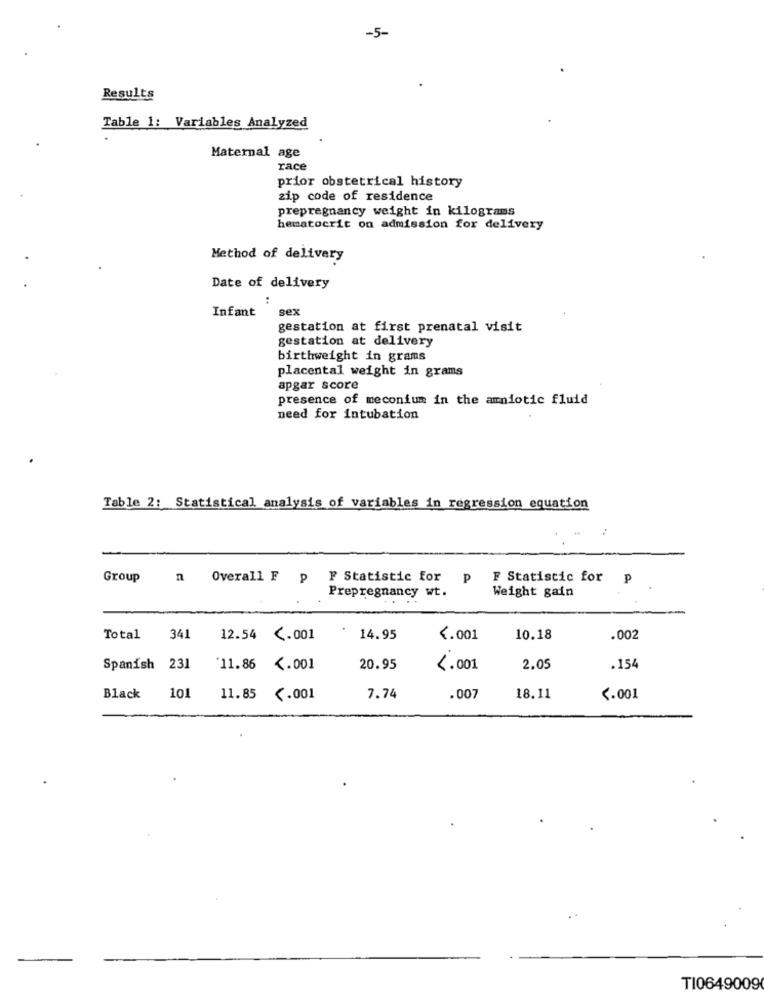
-5-
Results
Table 1: Variables Analyzed
Maternal age
race
prior obstetrical history
zip code of residence
prepregnancy weight in kilograms
hematocrit on admission for delivery
Method of delivery
Date of delivery
sex
Infant
gestation at first prenatal visit
gestation at delivery
birthweight in grams
placental weight in grams
apgar score
presence of meconium in the amniotic fluid
need for intubation
Table 2: Statistical analysis of variables in regression equation
Group
n Overall F p
F Statistic for
P
F Statistic for
Weight gain
Prepregnancy wt.
Total
341
12.54 <. 001
14.95
4.001
10.18
.002
Spanish 231
'11.86 <. 001
20.95
4.001
2.05
.154
Black
101
11.85 <. 001
7.74
.007
18.11
<. 001
TI0649009